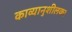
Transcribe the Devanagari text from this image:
काव्यानुशीलक।